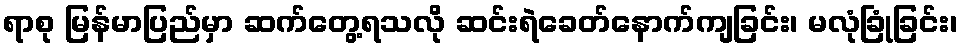
ရာစု မြန်မာပြည်မှာ ဆက်တွေ့ရသလို ဆင်းရဲခေတ်နောက်ကျခြင်း၊ မလုံခြုံခြင်း၊